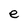
Character: e